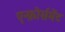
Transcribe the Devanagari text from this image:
एन्फ़ोर्समेंट